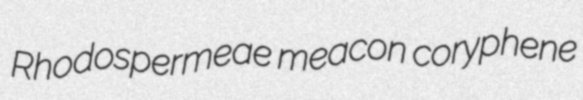
Rhodospermeae meacon coryphene